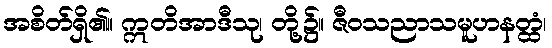
အစိတ်ရှိ၏။ ဣတိအာဒီသု၊ တို့၌။ ဇီဝသညာသမူဟနတ္ထံ၊